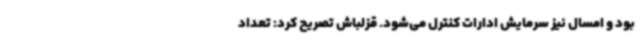
بود و امسال نیز سرمایش ادارات کنترل می‌شود. قزلباش تصریح کرد: تعداد